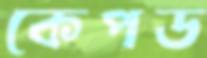
কেপড